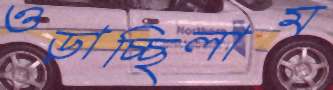
ওড়াচ্ছিলাম